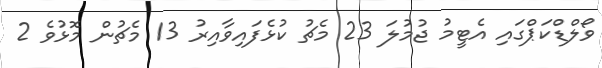
ވޯލްޑްކަޕްގައި އެޓީމު ޖުމުލަ 23 މެޗު ކުޅެފައިވާއިރު 13 މެޗުން މޮޅުވެ 2